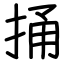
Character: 捅